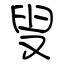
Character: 叟